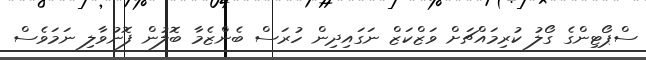
ސްޕޯޓިންގެ ގޯލު ކުރިމައްޗަށް ވަޒްކަޒް ނަގައިދިން ހުރަސް ބެންޒެމާ ބޮލުން ފޮނުވާލި ނަމަވެސް